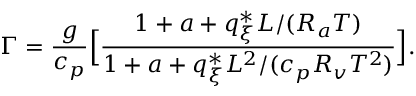
\Gamma = \frac { g } { c _ { p } } \Big [ \frac { 1 + a + q _ { \xi } ^ { * } L / ( R _ { a } T ) } { 1 + a + q _ { \xi } ^ { * } L ^ { 2 } / ( c _ { p } R _ { v } T ^ { 2 } ) } \Big ] .